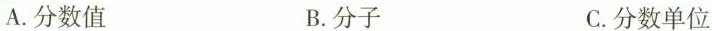
A.分数值 B.分子 C.分数单位